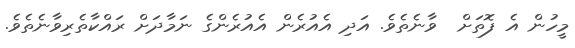
މީހުން އެ ފޮތަށް  ވާނެތެވެ. އަދި އެއުރެން އެއުރެންގެ ނަމާދަށް ރައްކާތެރިވާނެތެވެ.